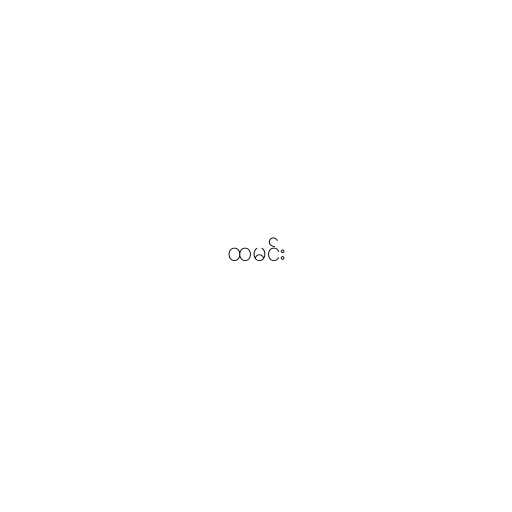
ထမင်း